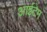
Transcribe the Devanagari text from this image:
आईटेम